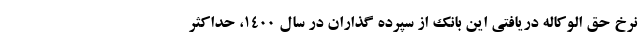
نرخ حق الوکاله دریافتی این بانک از سپرده ‌گذاران در سال 1400، حداکثر